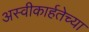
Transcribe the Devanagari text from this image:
अस्वीकार्हतेच्या